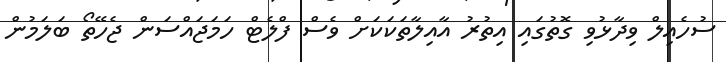
ސުހެއިލް ވިދާޅުވި ގޮތުގައި އިތުރު އާއިލާތަކަކަށް ވެސް ފްލެޓް ހަމަޖައްސަން ޖެހޭތޯ ބަލަމުން